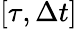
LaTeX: \left[{\tau,\Delta t}\right]